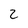
Character: 2